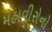
મહાવીરોનો